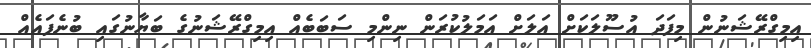
އިމިގްރޭޝަނުން މިފަދަ އުސޫލަކަށް އަލަށް އަމަލުކުރަން ނިންމި ސަބަބެއް އިމިގްރޭޝަނުގެ ބަޔާނުގައި ބުނެފައެއް